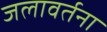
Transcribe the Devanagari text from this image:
जलावर्तना